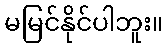
မမြင်နိုင်ပါဘူး။